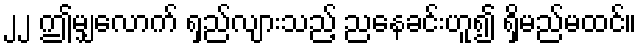
၂၂ ဤမျှလောက် ရှည်လျားသည့် ညနေခင်းဟူ၍ ရှိမည်မထင်။